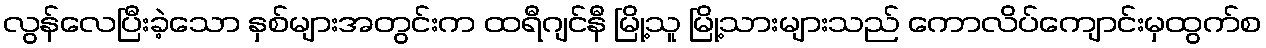
လွန်လေပြီးခဲ့သော နှစ်များအတွင်းက ထရီဂျင်နီ မြို့သူ မြို့သားများသည် ကောလိပ်ကျောင်းမှထွက်စ